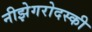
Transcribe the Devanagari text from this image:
नीझेगरोदस्की